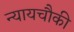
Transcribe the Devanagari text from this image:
न्यायचौकी